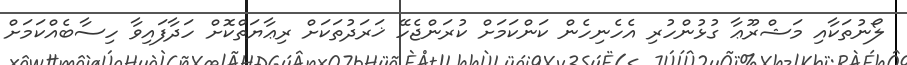
ލޯނުތަކާއި މަޝްރޫޢާ ގުޅުންހުރި އެހެނިހެން ކަންކަމަށް ކުރަންޖެހޭ ޚަރަދުތަކަށް ރިޢާޔަތްކޮށް ހަދާފައިވާ ހިސާބެއްކަމަށް